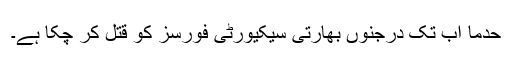
حدما اب تک درجنوں بھارتی سیکیورٹی فورسز کو قتل کر چکا ہے۔